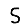
Digit: 5